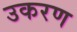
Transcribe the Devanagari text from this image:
उकरण